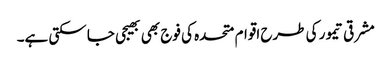
مشرقی تیمور کی طرح اقوام متحدہ کی فوج بھی بھیجی جا سکتی ہے۔